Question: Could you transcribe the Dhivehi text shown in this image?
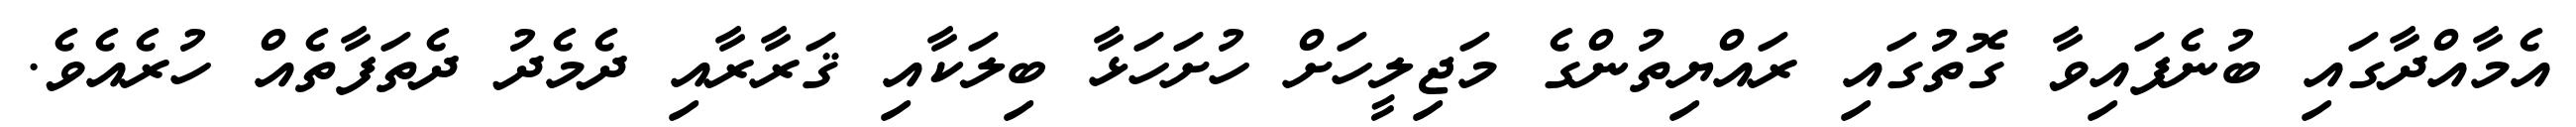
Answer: އެމާއްދާގައި ބުނެފައިވާ ގޮތުގައި ރައްޔިތުންގެ މަޖިލީހަށް ހުށަހަޅާ ބިލަކާއި ޤަރާރާއި ދެމެދު ދެތަފާތެއް ހުރެއެވެ.